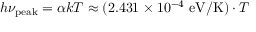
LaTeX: h \nu _ { \mathrm { p e a k } } = \alpha k T \approx ( 2 . 4 3 1 \times 1 0 ^ { - 4 } \ \mathrm { e V / K } ) \cdot T